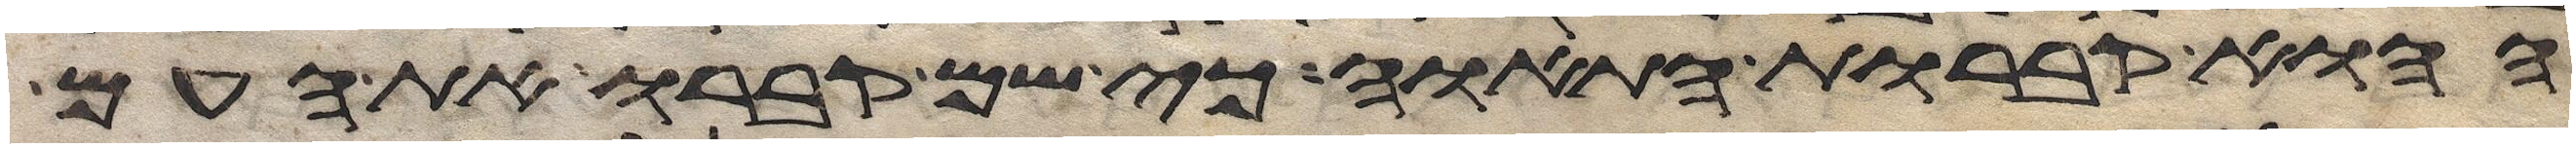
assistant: ההוא קברות התאוה כי שם קברו את העם